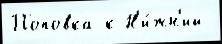
Поповка к Н'и́жн'ий